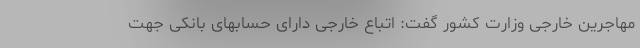
مهاجرین خارجی وزارت کشور گفت: اتباع خارجی دارای حسابهای بانکی جهت